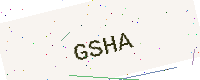
Text: GSHA